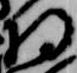
将